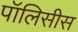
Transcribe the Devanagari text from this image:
पॉलिसीस